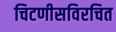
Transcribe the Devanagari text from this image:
चिटणीसविरचित